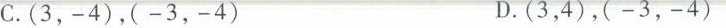
C.(3，-4)，(-3，-4) D.(3，4)，(-3，-4)